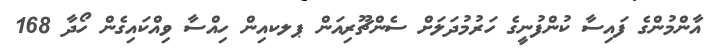
އާންމުންގެ ފައިސާ ކުންފުނީގެ ހަރުމުދަލަށް ސެންޗޫރިއަން ޕލކއިން ހިއްސާ ވިއްކައިގެން ހޯދާ 168